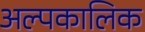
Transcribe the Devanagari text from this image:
अल्‍पकालिक